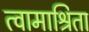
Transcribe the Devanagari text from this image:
त्वामाश्रिता